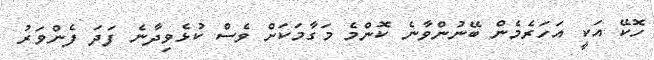
ހޮކޭ އަކީ އަހަރެމެން ބޭނުންވާނެ ކޮންމެ މަގާމަކަށް ވެސް ކުޅެވިދާނެ ފަދަ ފެންވަރު